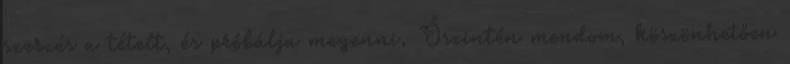
szerzés a tételt, és próbálja megenni. Őszintén mondom, köszönhetően